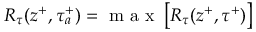
R _ { \tau } ( z ^ { + } , \tau _ { a } ^ { + } ) = \mathrm { ~ m ~ a ~ x ~ } \left[ R _ { \tau } ( z ^ { + } , \tau ^ { + } ) \right]